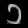
Digit: ၁